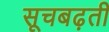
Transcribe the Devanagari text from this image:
सूचबढ़ती